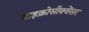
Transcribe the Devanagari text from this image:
माइक्रोसीक्वेंसर